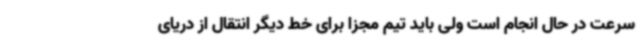
سرعت در حال انجام است ولی باید تیم مجزا برای خط دیگر انتقال از دریای